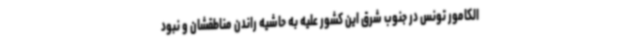
الکامور تونس در جنوب شرق این کشور علیه به حاشیه راندن مناطقشان و نبود